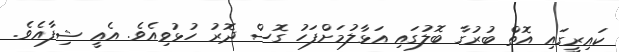
ކައިރީގައި އޮތް ބުރުގާ ބޮލުގައި އަޅާލުމަށްފަހު ގޮސް ދޮރު ހުޅުވިއެވެ. އެއީ ޝިފާއެވެ.